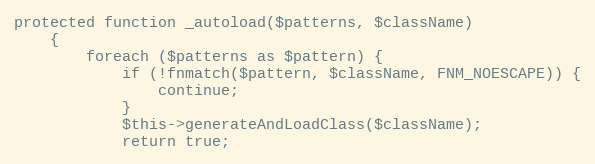
Language: PHP
protected function _autoload($patterns, $className)
    {
        foreach ($patterns as $pattern) {
            if (!fnmatch($pattern, $className, FNM_NOESCAPE)) {
                continue;
            }
            $this->generateAndLoadClass($className);
            return true;